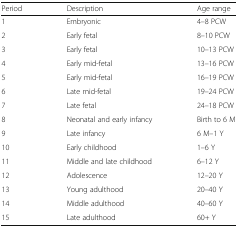
<table><thead><tr><td><b>Period</b></td><td><b>Description</b></td><td><b>Age range</b></td></tr></thead><tbody><tr><td>1</td><td>Embryonic</td><td>4–8 PCW</td></tr><tr><td>2</td><td>Early fetal</td><td>8–10 PCW</td></tr><tr><td>3</td><td>Early fetal</td><td>10–13 PCW</td></tr><tr><td>4</td><td>Early mid-fetal</td><td>13–16 PCW</td></tr><tr><td>5</td><td>Early mid-fetal</td><td>16–19 PCW</td></tr><tr><td>6</td><td>Late mid-fetal</td><td>19–24 PCW</td></tr><tr><td>7</td><td>Late fetal</td><td>24–18 PCW</td></tr><tr><td>8</td><td>Neonatal and early infancy</td><td>Birth to 6 M</td></tr><tr><td>9</td><td>Late infancy</td><td>6 M–1 Y</td></tr><tr><td>10</td><td>Early childhood</td><td>1–6 Y</td></tr><tr><td>11</td><td>Middle and late childhood</td><td>6–12 Y</td></tr><tr><td>12</td><td>Adolescence</td><td>12–20 Y</td></tr><tr><td>13</td><td>Young adulthood</td><td>20–40 Y</td></tr><tr><td>14</td><td>Middle adulthood</td><td>40–60 Y</td></tr><tr><td>15</td><td>Late adulthood</td><td>60+ Y</td></tr></tbody></table>